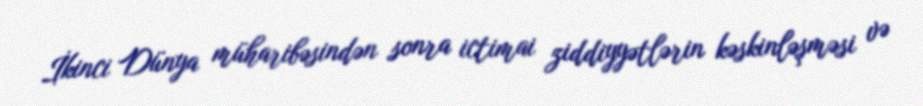
İkinci Dünya müharibəsindən sonra ictimai ziddiyyətlərin kəskinləşməsi və